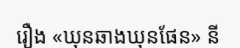
រឿង «ឃុនឆាងឃុនផែន» នី